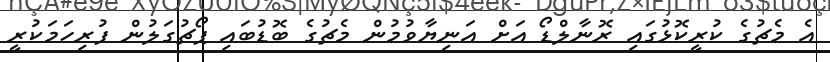
އެ މެޗުގެ ކުރީކޮޅުގައި ރޮނާލްޑޯ އަށް އަނިޔާވުމުން މެޗުގެ ބޮޑުބައި ޕޯޗުގަލުން ފުރިހަމަކުރީ